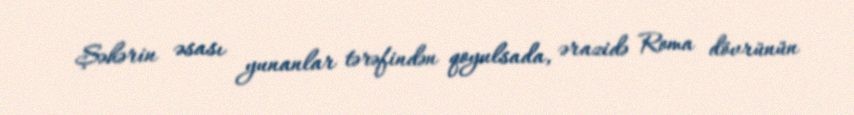
Şəhərin əsası yunanlar tərəfindən qoyulsada, ərazidə Roma dövrünün